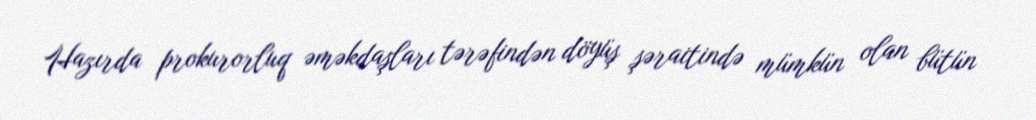
Hazırda prokurorluq əməkdaşları tərəfindən döyüş şəraitində mümkün olan bütün